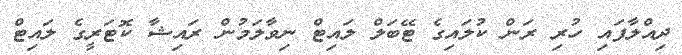
ދިއްލާފައި ހުރި ރަން ކުލައިގެ ޓޭބަލް ލައިޓް ނިވާލަމުން ރައިޝާ ކޮޓަރީގެ ލައިޓް